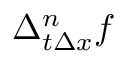
\Delta _ { t \Delta x } ^ { n } f